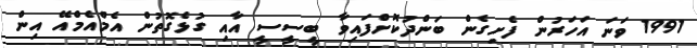
1991 ވަނަ އަހަރުން ފެށިގެން ބަންދުކޮށްފައިވާ ބީސީސީ އާއި ގުޅެގޮތުން އެމްއެމްއޭ އިން